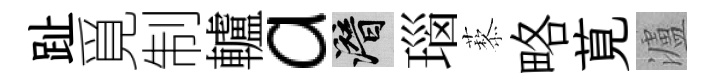
趾覓制轤a潜瑙藜略莧瀘